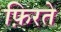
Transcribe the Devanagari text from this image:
फ़िरते